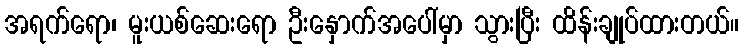
အရက်ရော၊ မူးယစ်ဆေးရော ဦးနှောက်အပေါ်မှာ သွားပြီး ထိန်းချုပ်ထားတယ်။